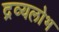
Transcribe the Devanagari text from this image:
द्रव्यलोभ